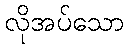
လိုအပ်သော